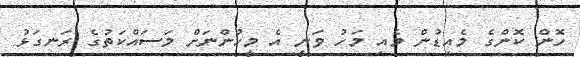
ހޮން ކޮންގެ މެއިޑުން މެއި މަހު ވަނީ އެ މީހުންނަށް މަސައްކަތުގެ ރަނގަޅު